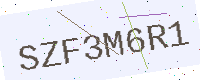
Text: SZF3M6R1